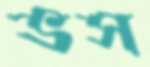
ভস